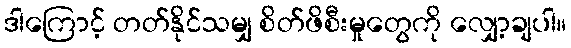
ဒါကြောင့် တတ်နိုင်သမျှ စိတ်ဖိစီးမှုတွေကို လျှော့ချပါ။